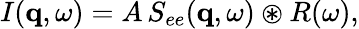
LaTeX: \begin{array}{r}{I(\mathbf{q},\omega)=A\, S_{ee}(\mathbf{q},\omega)\circledast R(\omega),}\end{array}